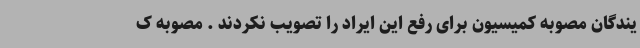
یندگان مصوبه کمیسیون برای رفع این ایراد را تصویب نکردند . مصوبه ک